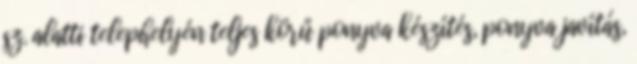
sz. alatti telephelyén teljes körű ponyva készítés, ponyva javítás,